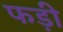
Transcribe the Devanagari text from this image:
फड़ी